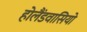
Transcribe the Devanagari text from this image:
होलैंडवासियो